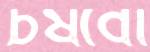
চষবো